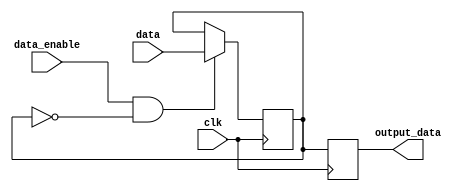
module data_enable_latch (
    input clk,
    input data,
    input data_enable,
    output reg output_data
);

reg latch_data;

always @(posedge clk) begin
    if (data_enable && !latch_data) begin
        latch_data <= data;
    end
end

always @(posedge clk) begin
    output_data <= latch_data;
end

endmodule